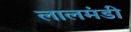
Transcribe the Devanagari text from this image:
लालमंडी